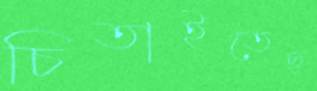
চিতাইতেছ